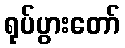
ရုပ်ပွားတော်